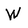
Character: W